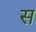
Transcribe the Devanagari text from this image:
स